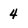
Character: 4